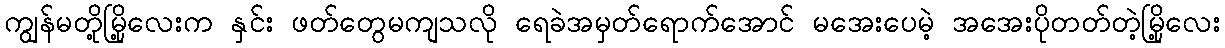
ကျွန်မတို့မြို့လေးက နှင်း ဖတ်တွေမကျသလို ရေခဲအမှတ်ရောက်အောင် မအေးပေမဲ့ အအေးပိုတတ်တဲ့မြို့လေး